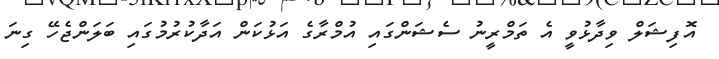
އޮފިޝަލް ވިދާޅުވީ އެ ތަމްރީނު ސެޝަންގައި އުމްރާގެ އަޅުކަން އަދާކުރުމުގައި ބަލަންޖެހޭ ގިނަ